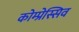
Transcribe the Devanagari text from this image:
कोम्प्रेस्सिव